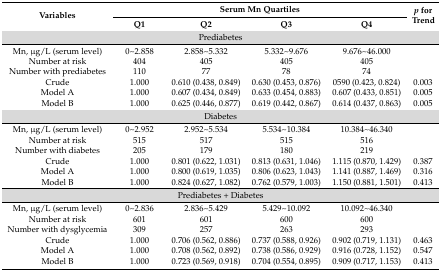
<table><thead><tr><td rowspan="2"><b>Variables</b></td><td colspan="4"><b>Serum Mn Quartiles</b></td><td rowspan="2"><b><i>p</i> for Trend</b></td></tr><tr><td><b>Q1</b></td><td><b>Q2</b></td><td><b>Q3</b></td><td><b>Q4</b></td></tr></thead><tbody><tr><td colspan="6">Prediabetes</td></tr><tr><td>Mn, μg/L (serum level)</td><td>0~2.858</td><td>2.858~5.332</td><td>5.332~9.676</td><td>9.676~46.000</td><td></td></tr><tr><td>Number at risk</td><td>404</td><td>405</td><td>405</td><td>405</td><td></td></tr><tr><td>Number with prediabetes</td><td>110</td><td>77</td><td>78</td><td>74</td><td></td></tr><tr><td>Crude</td><td>1.000</td><td>0.610 (0.438, 0.849)</td><td>0.630 (0.453, 0.876)</td><td>0590 (0.423, 0.824)</td><td>0.003</td></tr><tr><td>Model A</td><td>1.000</td><td>0.607 (0.434, 0.849)</td><td>0.633 (0.454, 0.883)</td><td>0.607 (0.433, 0.851)</td><td>0.005</td></tr><tr><td>Model B</td><td>1.000</td><td>0.625 (0.446, 0.877)</td><td>0.619 (0.442, 0.867)</td><td>0.614 (0.437, 0.863)</td><td>0.005</td></tr><tr><td colspan="6">Diabetes</td></tr><tr><td>Mn, μg/L (serum level)</td><td>0~2.952</td><td>2.952~5.534</td><td>5.534~10.384</td><td>10.384~46.340</td><td></td></tr><tr><td>Number at risk</td><td>515</td><td>517</td><td>515</td><td>516</td><td></td></tr><tr><td>Number with diabetes</td><td>205</td><td>179</td><td>180</td><td>219</td><td></td></tr><tr><td>Crude</td><td>1.000</td><td>0.801 (0.622, 1.031)</td><td>0.813 (0.631, 1.046)</td><td>1.115 (0.870, 1.429)</td><td>0.387</td></tr><tr><td>Model A</td><td>1.000</td><td>0.800 (0.619, 1.035)</td><td>0.806 (0.623, 1.043)</td><td>1.141 (0.887, 1.469)</td><td>0.316</td></tr><tr><td>Model B</td><td>1.000</td><td>0.824 (0.627, 1.082)</td><td>0.762 (0.579, 1.003)</td><td>1.150 (0.881, 1.501)</td><td>0.413</td></tr><tr><td colspan="6">Prediabetes + Diabetes</td></tr><tr><td>Mn, μg/L (serum level)</td><td>0~2.836</td><td>2.836~5.429</td><td>5.429~10.092</td><td>10.092~46.340</td><td></td></tr><tr><td>Number at risk</td><td>601</td><td>601</td><td>600</td><td>600</td><td></td></tr><tr><td>Number with dysglycemia</td><td>309</td><td>257</td><td>263</td><td>293</td><td></td></tr><tr><td>Crude</td><td>1.000</td><td>0.706 (0.562, 0.886)</td><td>0.737 (0.588, 0.926)</td><td>0.902 (0.719, 1.131)</td><td>0.463</td></tr><tr><td>Model A</td><td>1.000</td><td>0.708 (0.562, 0.892)</td><td>0.738 (0.586, 0.929)</td><td>0.916 (0.728, 1.152)</td><td>0.547</td></tr><tr><td>Model B</td><td>1.000</td><td>0.723 (0.569, 0.918)</td><td>0.704 (0.554, 0.895)</td><td>0.909 (0.717, 1.153)</td><td>0.413</td></tr></tbody></table>